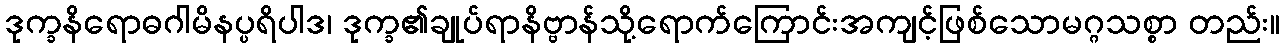
ဒုက္ခနိရောဓဂါမိနပ္ပရိပါဒ၊ ဒုက္ခ၏ချုပ်ရာနိဗ္ဗာန်သို့ရောက်ကြောင်းအကျင့်ဖြစ်သောမဂ္ဂသစ္စာ တည်း။